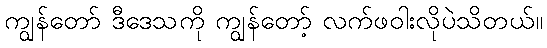
ကျွန်တော် ဒီဒေသကို ကျွန်တော့် လက်ဖဝါးလိုပဲသိတယ်။